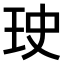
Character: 𤤭